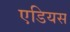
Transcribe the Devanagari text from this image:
एडियस